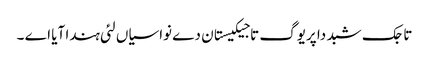
تاجک شبد دا پریوگ تاجیکیستان دے نواسیاں لئی ہندا آیا اے ۔